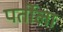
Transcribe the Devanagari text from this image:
पर्तोला